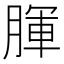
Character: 腪